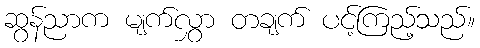
ဆွန်ညာက မျက်လွှာ တချက် ပင့်ကြည့်သည်။